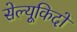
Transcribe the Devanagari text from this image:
सेल्यूकिदों